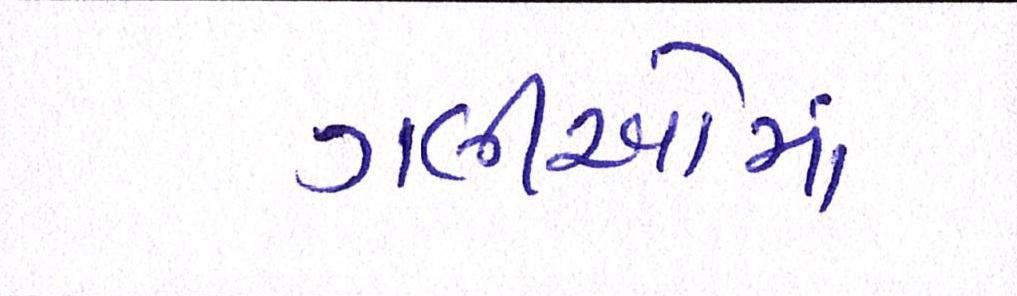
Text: ગલીઓમાં